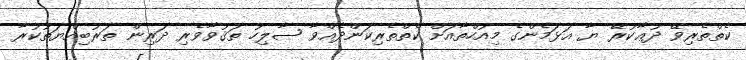
ކެތްތެރިވޭ ދުޢާކުރޭ ޔާ އަޅަމެންގެ މިއުހްތާއަށް ކެތްތެރިކަންދެއްވާ ޞާލިހު ތަޤުވާވެރި ދަރިން ތަރުބިއްޔަތުކުރާ